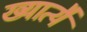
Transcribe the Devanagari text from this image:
ख्यात्यै